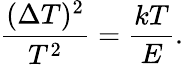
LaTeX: \frac{(\Delta T)^{2}}{T^{2}}=\frac{kT}{E}.